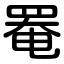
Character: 罨